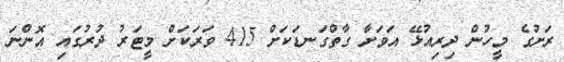
ރަށުގެ މީހުން ދިރިއުޅޭ އަވަށާ ގާތްގަނޑަކަށް 415 ވަރަކަށް މީޓަރު ދުރުގައި އޮންނަ